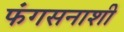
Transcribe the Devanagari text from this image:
फंगसनाशी